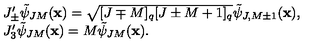
\begin{array} { l } { J _ { \pm } ^ { \prime } \tilde { \psi } _ { J M } ( { \bf x } ) = \sqrt { [ J \mp M ] _ { q } [ J \pm M + 1 ] _ { q } } \tilde { \psi } _ { J , M \pm 1 } ( { \bf x } ) , } \\ { J _ { 3 } ^ { \prime } \tilde { \psi } _ { J M } ( { \bf x } ) = M \tilde { \psi } _ { J M } ( { \bf x } ) . } \\ \end{array}